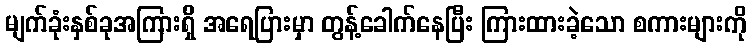
မျက်ခုံးနှစ်ခုအကြားရှိ အရေပြားမှာ တွန့်ခေါက်နေပြီး ကြားထားခဲ့သော စကားများကို